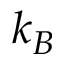
k _ { B }